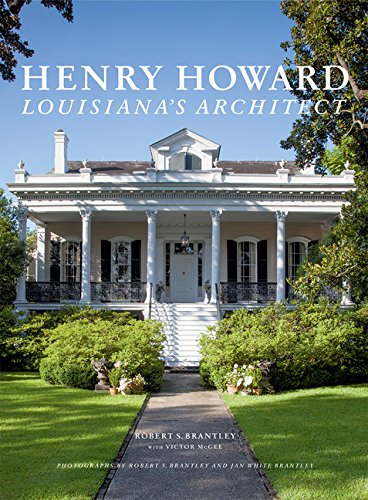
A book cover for Henry Howard: Louisiana's Architect; Robert S. Brantley; Arts & Photography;